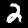
Label: 2